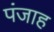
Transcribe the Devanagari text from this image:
पंजाह